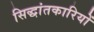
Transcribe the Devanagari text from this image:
सिद्धांतकारियों